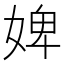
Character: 婢